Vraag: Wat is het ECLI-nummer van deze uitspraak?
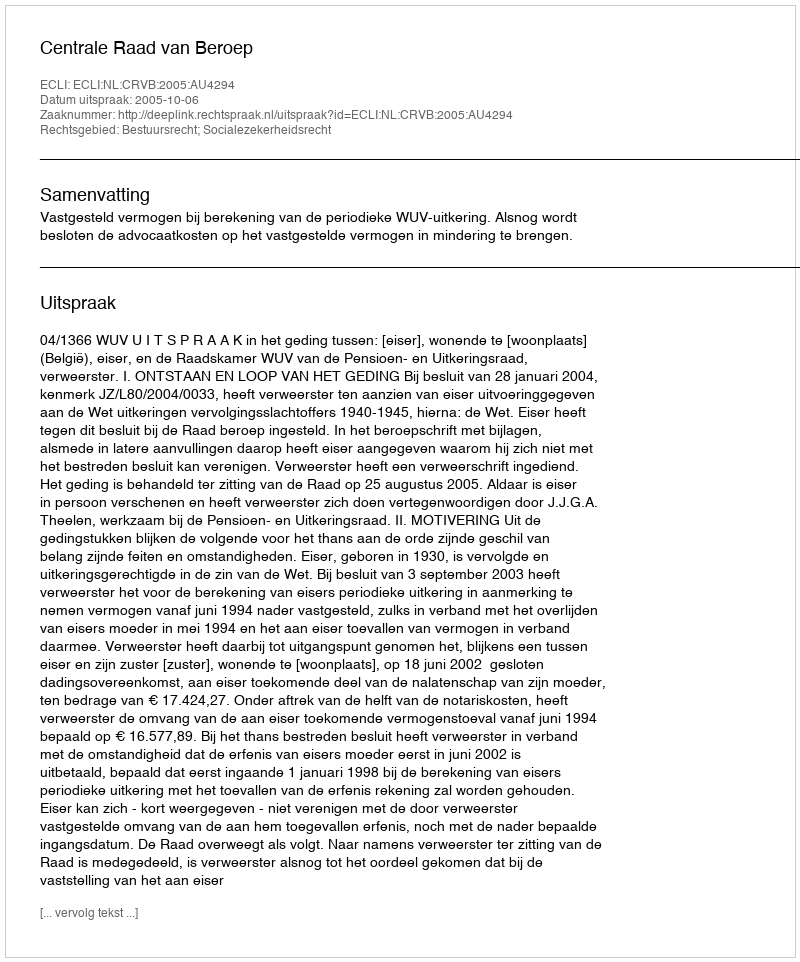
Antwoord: ECLI:NL:CRVB:2005:AU4294